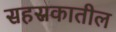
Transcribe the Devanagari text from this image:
सहस्रकातील